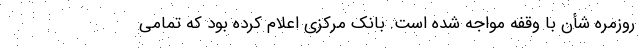
روزمره شأن با وقفه مواجه شده است. بانک مرکزی اعلام کرده بود که تمامی